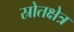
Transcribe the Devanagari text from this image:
स्रोतक्षेत्र